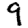
Digit: 9